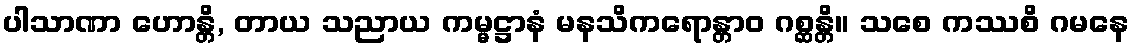
ပါသာဏာ ဟောန္တိ, တာယ သညာယ ကမ္မဋ္ဌာနံ မနသိကရောန္တာဝ ဂစ္ဆန္တိ။ သစေ ကဿစိ ဂမနေ